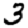
Digit: 3